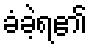
ခံခဲ့ရ၏